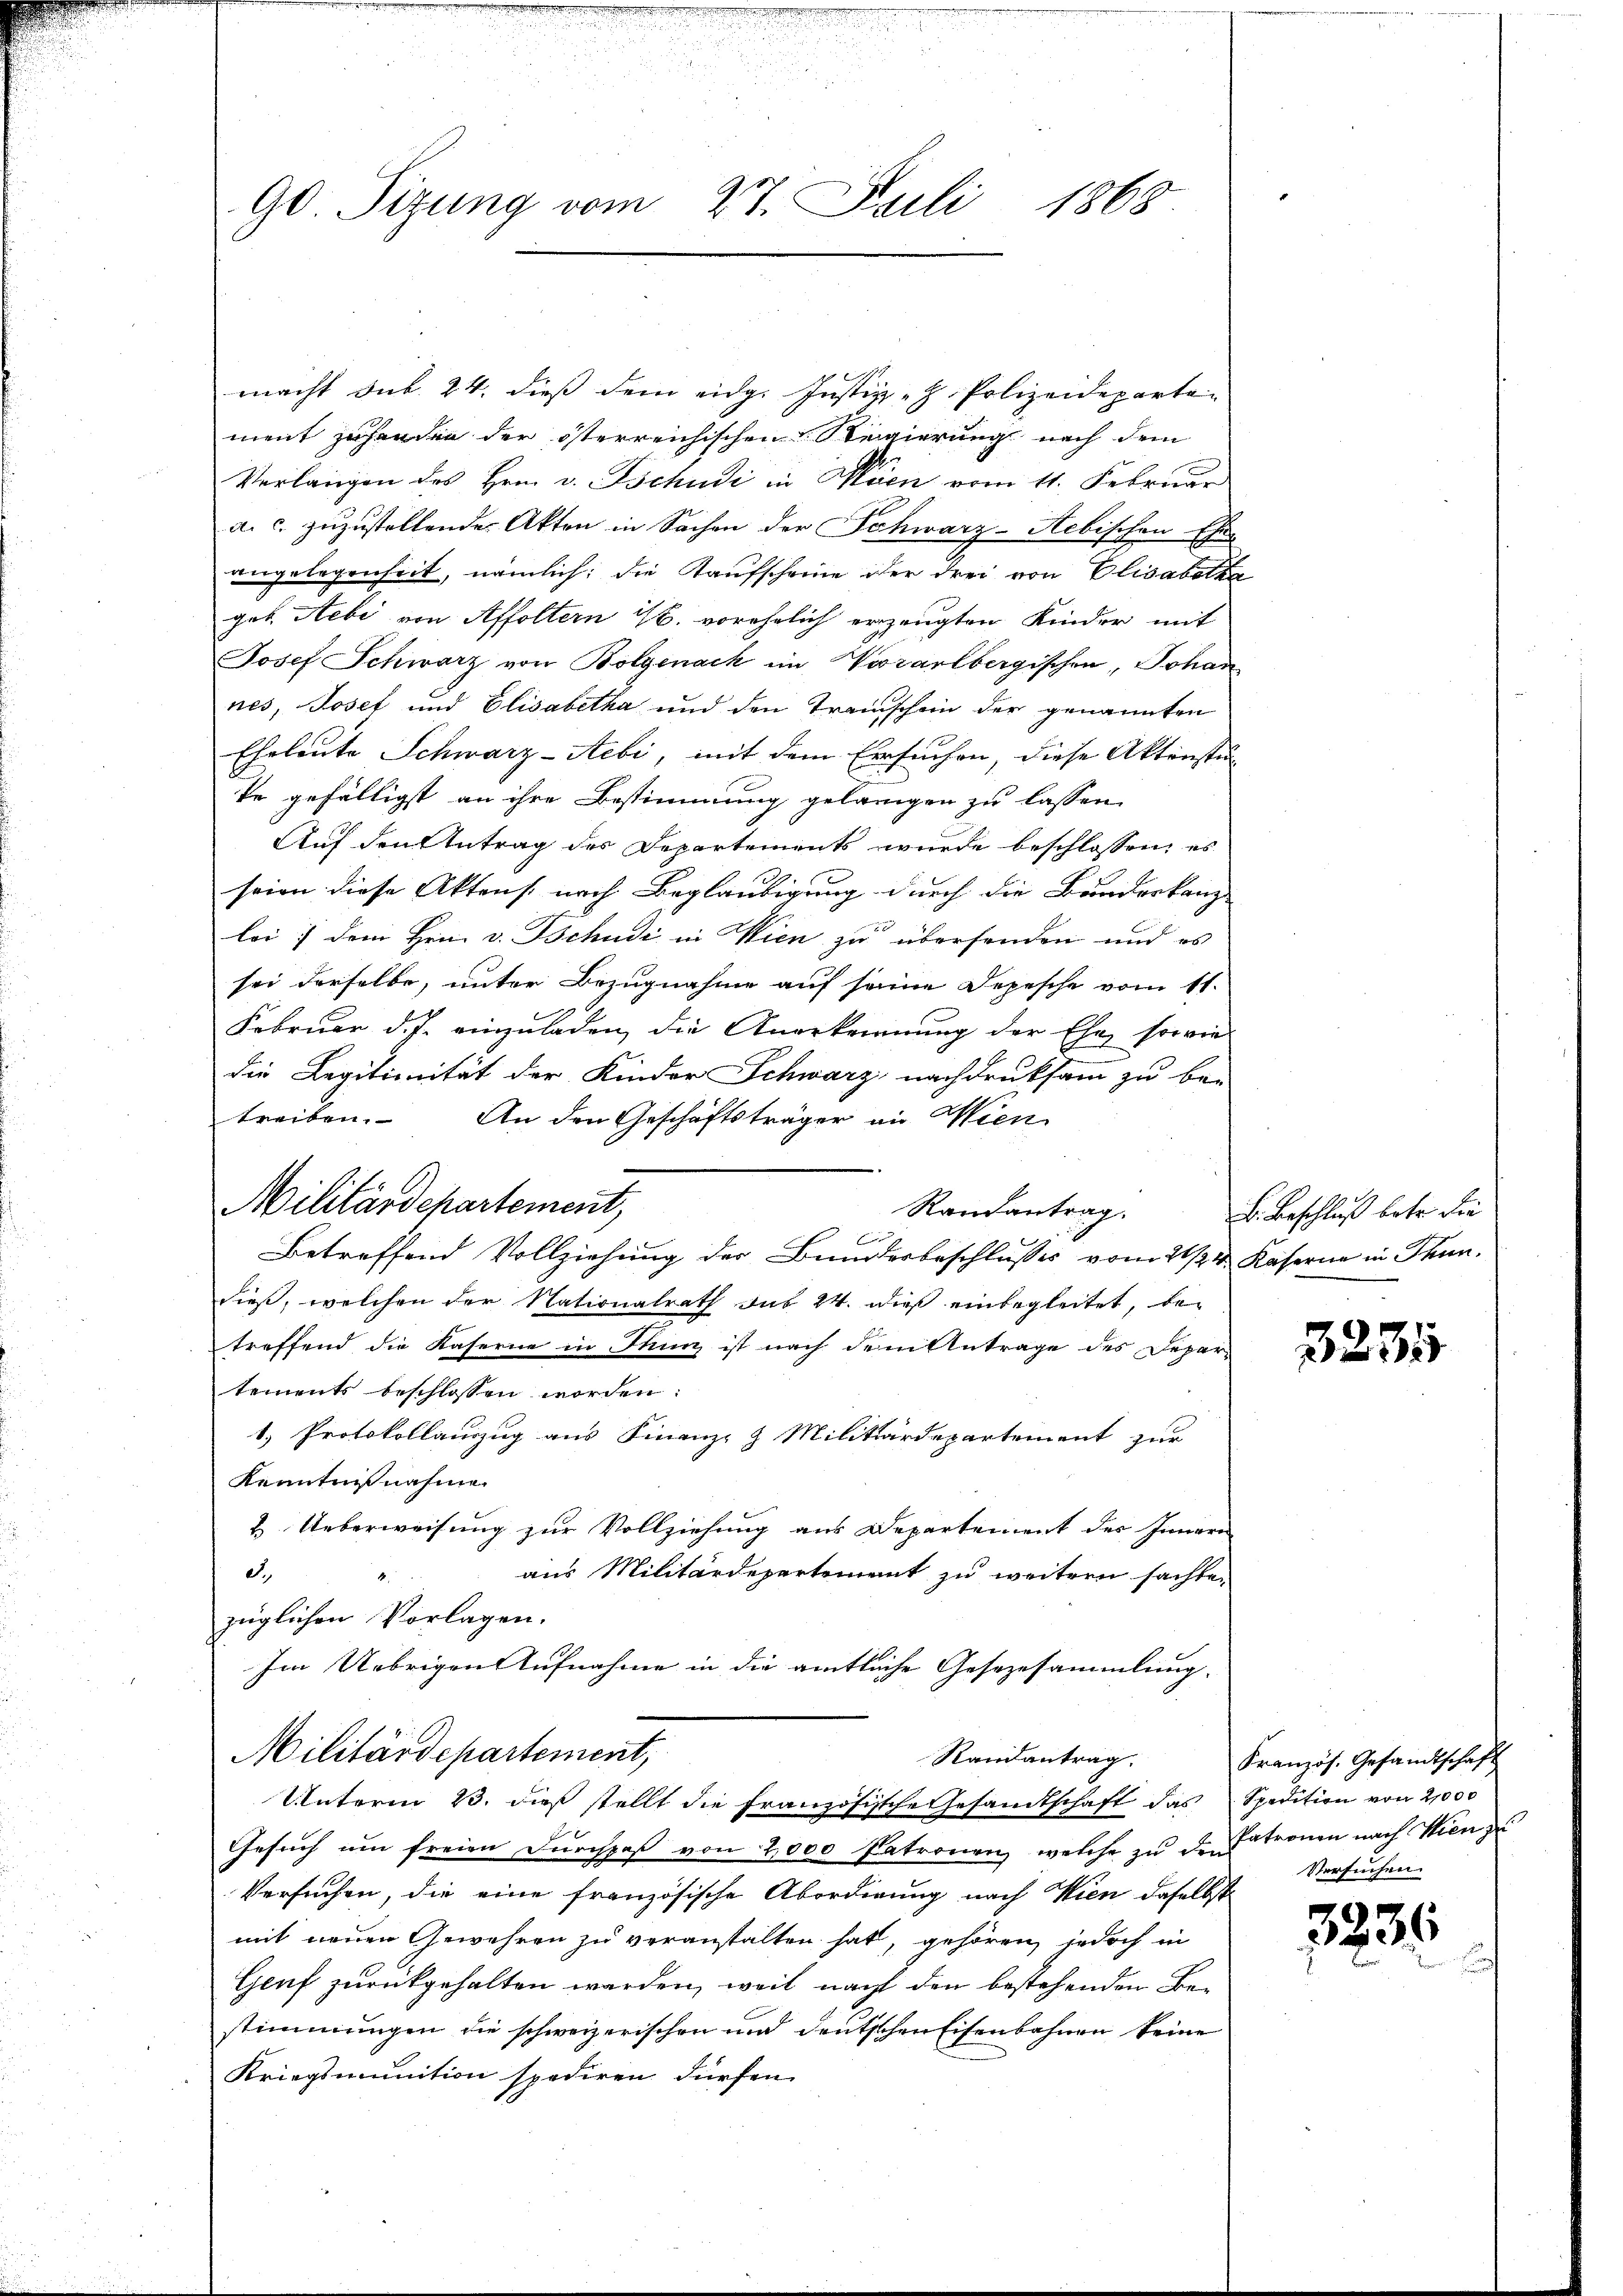
9o Sitzung vom 27. Juli 1868

macht sub. 24. dieß dem eidg. Justiz - Polizeidepartement zu handen der österreichischen Regierung nach dem
Verlangen des Hrn. v. Tschudi in Mann vom 11. Februar
a. c. zuzustellende Akten in Sachen der Schwarz-Aebischen Ehe-
angelegenheit, nämlich; die Kaufscheine der drei von Elisabethe
ges Aebe von Affoltern ist. vorehelich erzeugten Kinder mit
Josef Schwarz von Bolgenach im Worarlbergischen, Johan
nes, Josef und Elisabetha und den Transchein der genannten
Eheleute Schwarz-Aebi, mit dem Ersuchen, diese Aktenste
te gefälligst an ihre Bestimmung gelangen zu lassen
Auf den Antrag des Departements wurde beschlossen, es
seien diese Aktens nach Beglaubigung durch die Bundeskanz- |
lei dem Hrn. v. Tschudi in Wien zu übersenden und es
sei derselbe, unter Bezugnahme auf seine Depesche vom 11.
Februar d. J. einzuladen, die Anerkennung der Ehe, sowie
die Legitimität der Kinder Schwarz nachdruksam zu be-
treiben. An den Geschäftsträger an Wien
Randantrag.
Betreffend Vollziehung der Bundesbeschlusses vom 21/24. Kaserne in Thundieß, welchen der Nationalrath sub 24. dieß einbegleitet, bei
treffend die Kaserne in Thun ist nach dem Antrage des Depar-
tements beschlossen worden:
1.) Protokollauszug aus Finanz- & Militärdepartement zur
Kenntnißnahme.
& Ueberweisung zur Vollziehung aus Departement des Innern
d.,
aus Militärdepartement zu weitern sachte.
züglichen Vorlagen.
Im Uebrigen Aufnahme in die amtliche Gesezesammlung.
Militärdepartement,
Randantrag.
Unterm 23. dieß stellt die Französische Gesandtschaft das
Gesuch um freien Durchpaß von 2,000 Patronen, welche zu den
Versuchen, die eine französische Abordnung nach Wien daselbst
mit neuen Gewehren zu veranstalten hat, gehören, jedoch in
Genf zurückgehalten werden, weil nacht den bestehenden Bestimmungen die schweizerischen und deutschen Eisenbahnen keine
Kriegsmunition spediren dürfen.

Militärdepartement,

B. Beschluß betr. die

3281

Kranzös. Gesandtschaft
Spedition von 21000
Patronen nach Wien z
Versuchen.

3235.